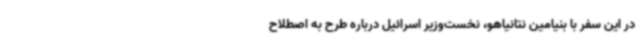
در این سفر با بنیامین نتانیاهو، نخست‌وزیر اسرائیل درباره طرح به اصطلاح